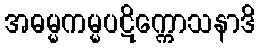
အဓမ္မကမ္မပဋိက္ကောသနာဒိ